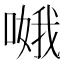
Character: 𠹷